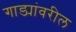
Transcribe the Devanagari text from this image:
गाड्यांवरील